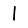
Digit: 1